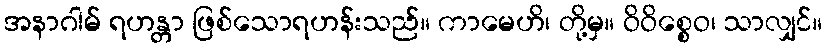
အနာဂါမ် ရဟန္တာ ဖြစ်သောရဟန်းသည်။ ကာမေဟိ၊ တို့မှ။ ဝိဝိစ္စေဝ၊ သာလျှင်။